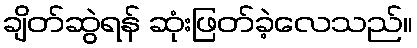
ချိတ်ဆွဲရန် ဆုံးဖြတ်ခဲ့လေသည်။